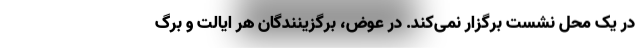
در یک محل نشست برگزار نمی‌کند. در عوض، برگزینندگان هر ایالت و برگ